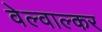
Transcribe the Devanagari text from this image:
वेल्वाल्कर